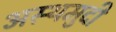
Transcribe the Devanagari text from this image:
अस्थमुदी